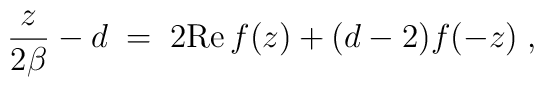
{z\over 2\beta}-d\;=\; 2{\rm Re} \,f(z)+(d-2)f(-z)\; ,